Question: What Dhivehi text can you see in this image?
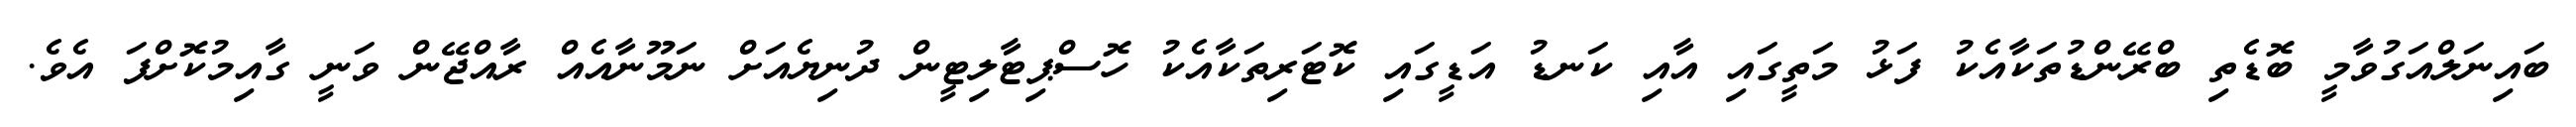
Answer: ބައިނަލްއަގުވާމީ ބޮޑެތި ބްރޭންޑުތަކާއެކު ފަޅު މަތީގައި އާއި ކަނޑު އަޑީގައި ކޮޓަރިތަކާއެކު ހޮސްޕިޓާލިޓީން ދުނިޔެއަށް ނަމޫނާއެއް ރާއްޖޭން ވަނީ ގާއިމުކޮށްފަ އެވެ.